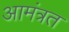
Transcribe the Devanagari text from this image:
आमंत्रत